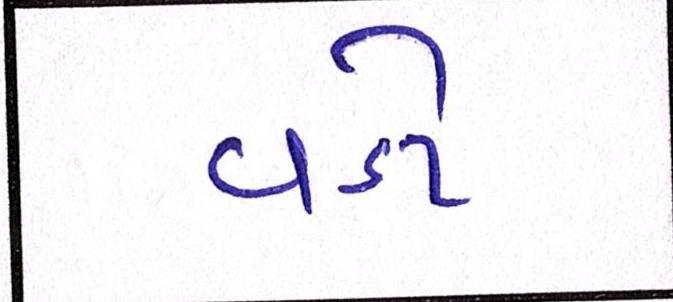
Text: વડો